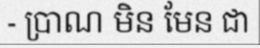
- ប្រាណ មិន មែន ជា